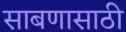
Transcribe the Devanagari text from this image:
साबणासाठी